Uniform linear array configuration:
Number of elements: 4
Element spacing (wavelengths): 0.75
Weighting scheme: uniform
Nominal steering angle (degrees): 45
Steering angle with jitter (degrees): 44.593
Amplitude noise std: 0.05
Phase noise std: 0.05

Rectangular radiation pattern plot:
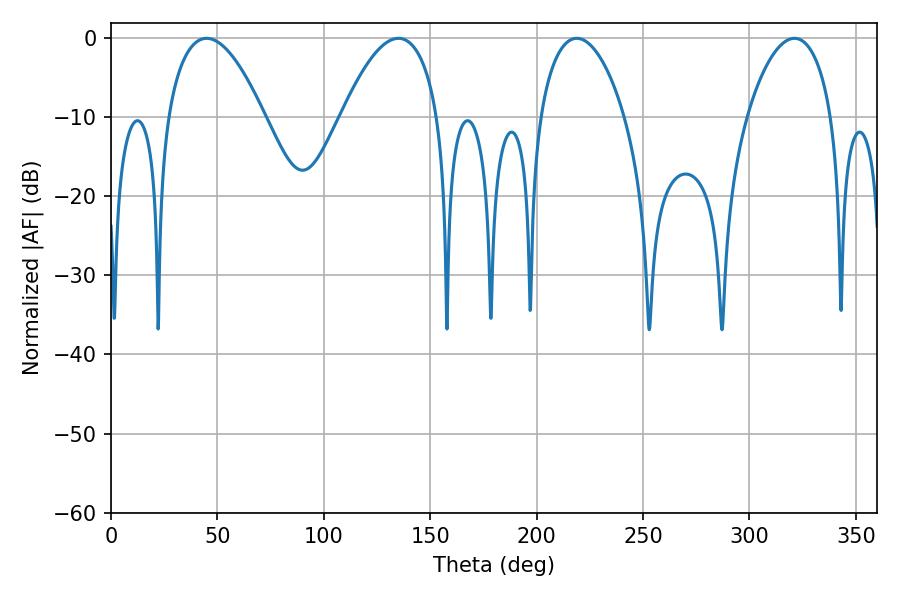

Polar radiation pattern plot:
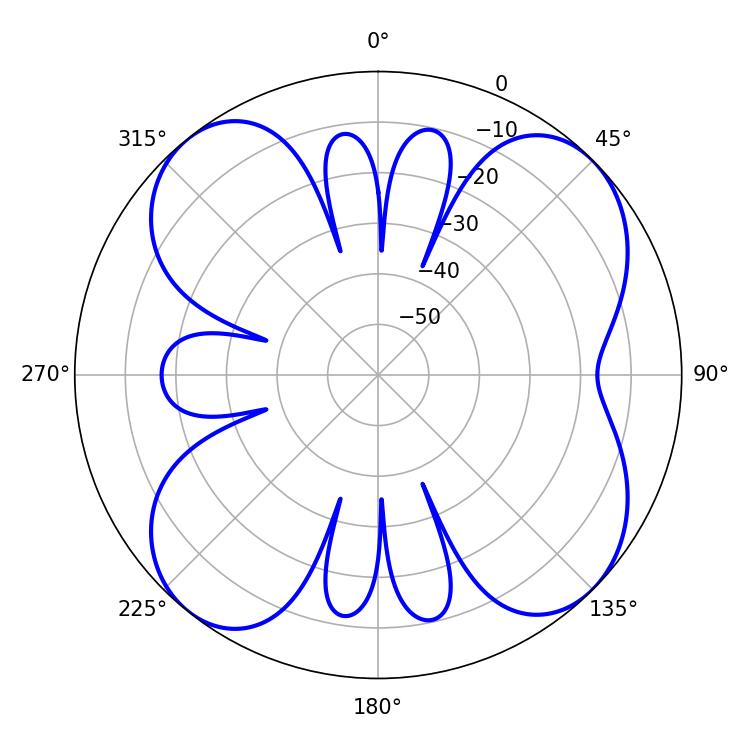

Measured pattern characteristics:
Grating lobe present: TRUE
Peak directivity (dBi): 10.914
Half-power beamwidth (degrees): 22.5
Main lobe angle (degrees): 218.88